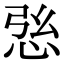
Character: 𢙰